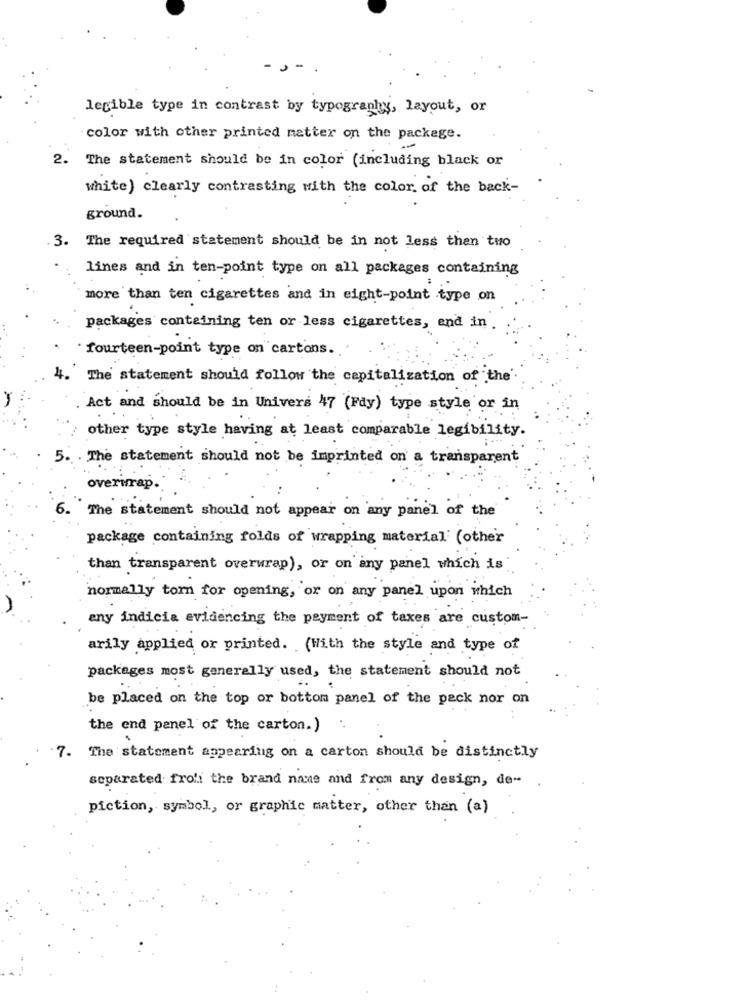
legible type in contrast by typography, layout, or
color with other printed matter on the package.
2. The statement should be in color (including black or
white ) clearly contrasting with the color of the back-
ground.
3. The required statement should be in not less than two
lines and in ten-point type on all packages containing
more than ten cigarettes and in eight-point type on
packages containing ten or less cigarettes, end in .
fourteen-point type on cartons.
4. The statement should follow the capitalization of the'
Act and should be in Univers 47 (Fdy) type style or in
other type style having at least comparable legibility.
5. . The statement should not be imprinted on a transparent
overwrap.
6. The statement should not appear on any panel of the
package containing folds of wrapping material (other
than transparent overwrap), or on any panel which is
normally torn for opening , or on any panel upon which
any indicia evidencing the payment of taxes are custom-
arily applied or printed. (With the style and type of
packages most generally used, the statement should not
..
be placed on the top or bottom panel of the pack nor on
the end panel of the carton.)
.7. The statement appearing on a carton should be distinctly
separated from the brand name and from any design, de-
piction, symbol, or graphic matter, other than (a)